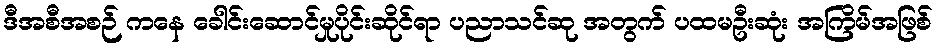
ဒီအစီအစဉ် ကနေ ခေါင်းဆောင်မှုပိုင်းဆိုင်ရာ ပညာသင်ဆု အတွက် ပထမဦးဆုံး အကြိမ်အဖြစ်